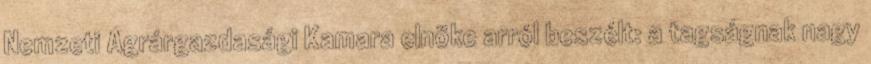
Nemzeti Agrárgazdasági Kamara elnöke arról beszélt: a tagságnak nagy